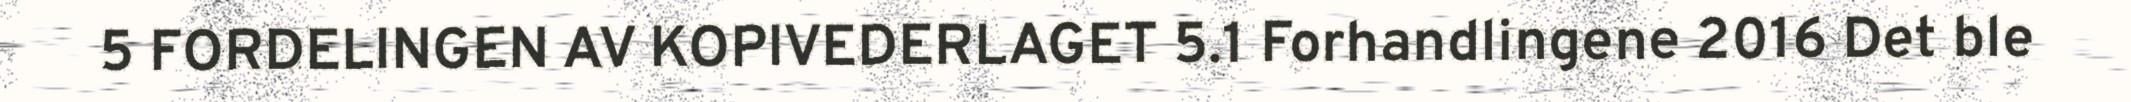
5 FORDELINGEN AV KOPIVEDERLAGET 5.1 Forhandlingene 2016 Det ble